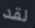
لقد